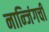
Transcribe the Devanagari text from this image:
नान्जिंगची